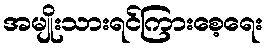
အမျိုးသားရင်ကြားစေ့ရေး